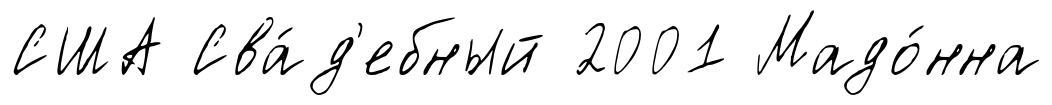
США Сва́д'ебный 2001 Мадо́нна